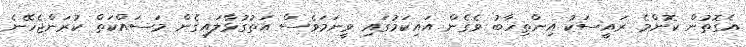
އެގޮތުން ކޮންމެ ރައީސަކު އިންތިހާބު ވެގެން އައިކަމުގައި ވީނަމަވެސް އަތުގުޅާލައިގެން މަސައްކަތް ކުރަންޖެހޭނެ